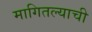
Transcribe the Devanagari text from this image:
मागितल्याची